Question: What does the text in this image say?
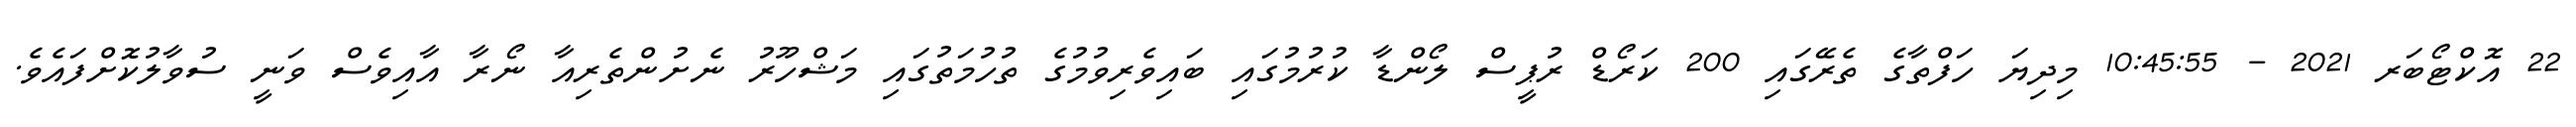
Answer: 22 އޮކްޓޯބަރ 2021 - 10:45:55 މިދިޔަ ހަފްތާގެ ތެރޭގައި 200 ކަރޯޑް ރުޕީސް ލޯންޑާ ކުރުމުގައި ބައިވެރިވުމުގެ ތުހުމަތުގައި މަޝްހޫރު ނެށުންތެރިއާ ނޯރާ އާއިވެސް ވަނީ ސުވާލުކޮށްފައެވެ.